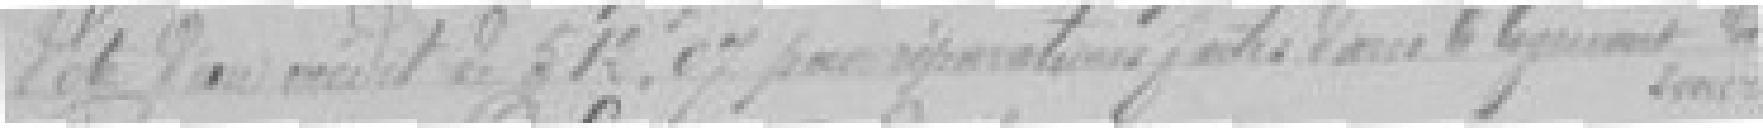
Vote d'un crédit de 512.07 pour réparation ????? logement ???